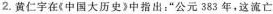
2.黄仁宇在(中国大历史》中指出：”公元383年，这流亡